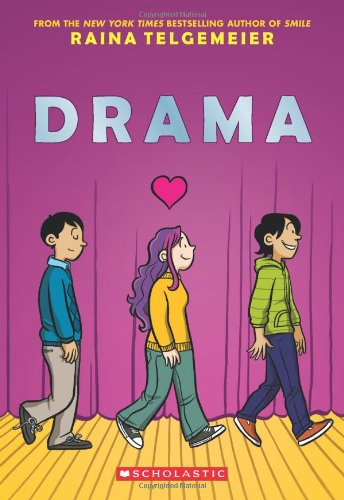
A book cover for Drama; Raina Telgemeier; Children's Books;